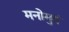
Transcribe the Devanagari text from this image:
मनोमुदं